Burma Government Medical School reports 1923-41
Year: 1923
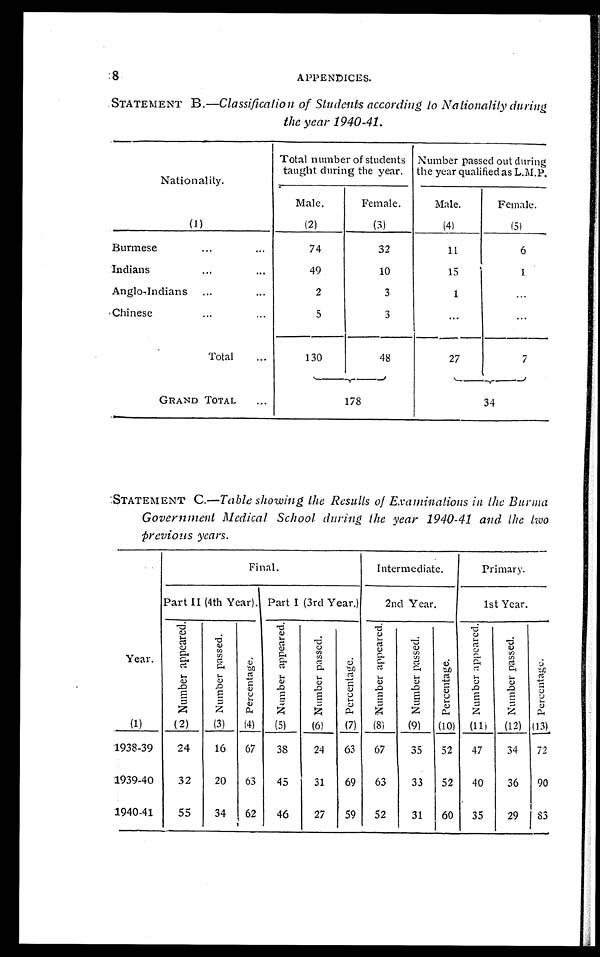
8
APPENDICES.
STATEMENT B.—Classification of Students according to Nationality during
the year 1940-41.
Nationality.
Total number of students
taught during the year.
Number Passed out during
the year qualified as L.M.P.
Male.
Female.
Male.
Female.
(1)
(2)
(3)
(4)
(5)
Burmese
74
32
11
6
Indians
49
10
15
1
Anglo-Indians
2
3
1
. . .
Chinese
5
3
. . .
. . .
Total
130
48
27
7
GRAND TOTAL
178
34
STATEMENT C.— Table showing the Results of Examinations in the Burma
Government Medical School during the year 1940-41 and the two
previous years.
Final.
Intermediate.
Primary.
Part II (4th Year). Part I (3rd Year.)
2nd Year.
1st Year.
Year.
N u m b e r a p p e a r e d .
N u m b e r p a s s e d .
P e r c e n t a g e .
N u m b e r a p p e a r e d .
N u m b e r p a s s e d .
P e r c e n t a g e .
N u m b e r a p p e a r e d .
N u m b e r p a s s e d .
P e r c e n t a g e .
N u m b e r a p p e a r e d .
N u m b e r p a s s e d .
P e r c e n t a g e .
(1 )
(2)
(3)
(4)
(5)
(6)
(7)
(8)
(9)
(10)
(11)
(12) (13)
1938-39
24
16
67
38
24
63
67
35
52
47
34
72
1939-40
32
20
63
45
31
69
63
33
52
40
36
90
1940-41
55
34
62
46
27
59
52
31
60
35
29
83